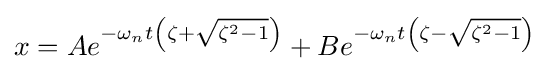
x=Ae^{-\omega _{n}t\left(\zeta +{\sqrt {\zeta ^{2}-1}}\right)}+Be^{-\omega _{n}t\left(\zeta -{\sqrt {\zeta ^{2}-1}}\right)}